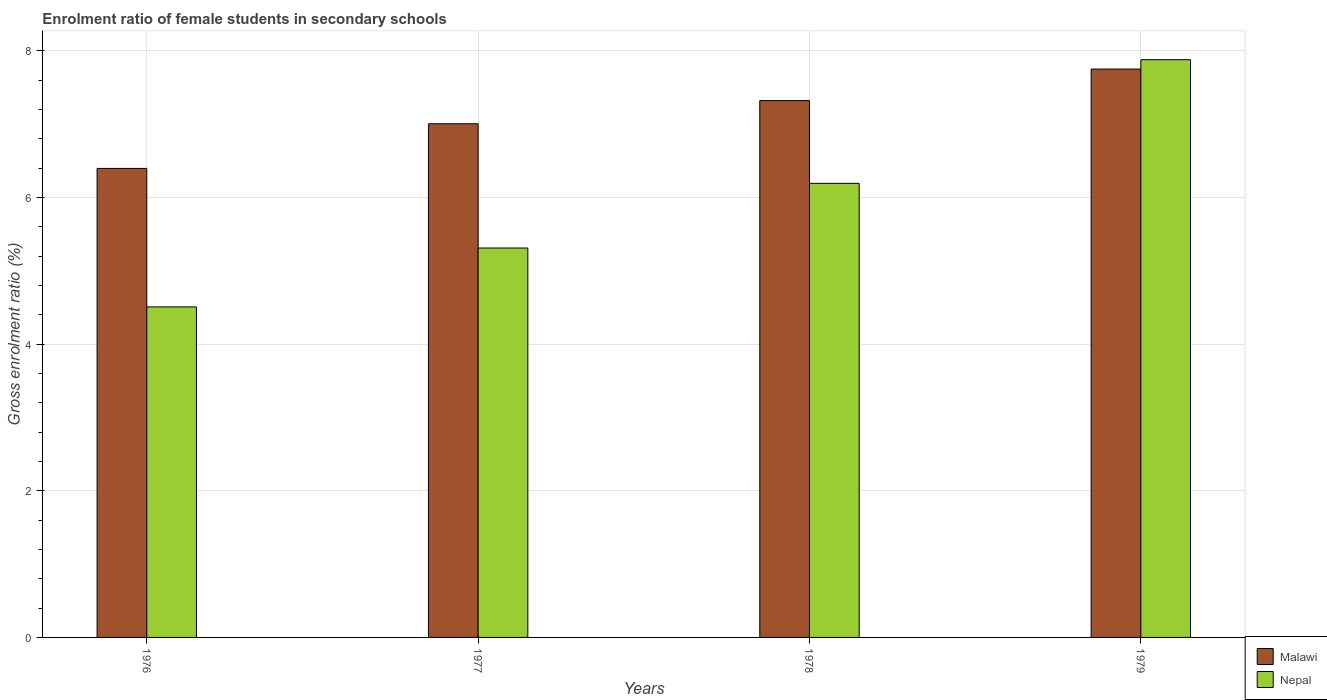
| Years | Malawi | Nepal |
 | --- | --- | --- |
 | 1976 | 6.4 | 4.51 |
 | 1977 | 7.01 | 5.31 |
 | 1978 | 7.32 | 6.19 |
 | 1979 | 7.75 | 7.88 |